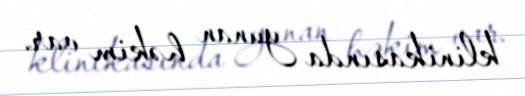
klinikasında yunan həkim var.